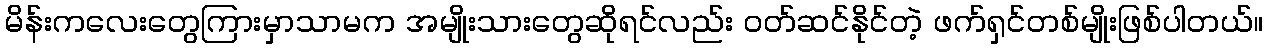
မိန်းကလေးတွေကြားမှာသာမက အမျိုးသားတွေဆိုရင်လည်း ဝတ်ဆင်နိုင်တဲ့ ဖက်ရှင်တစ်မျိုးဖြစ်ပါတယ်။